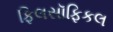
ફિલસૉફિકલ